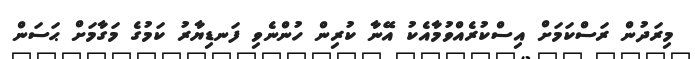
މިރަދުން ރަސްކަމަށް އިސްކުރެއްވުމާއެކު އޭނާ ކުރިން ހުންނެވި ފަނޑިޔާރު ކަމުގެ މަގާމަށް ޙަސަން